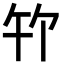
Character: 𪟳